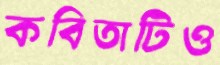
কবিতাটিও